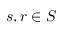
s , r \in S